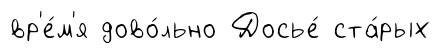
вр'е́м'я дово́льно Досье́ ста́рых